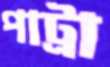
পাট্রা